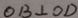
O B \bot O D